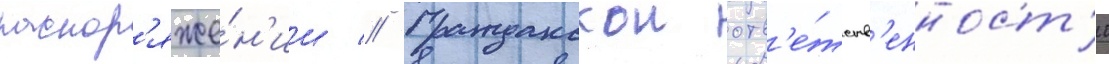
распор'яже́н'ии // Гражданскои отв'е́тств'енност'и